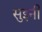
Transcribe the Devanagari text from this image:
सुइनी